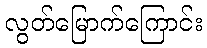
လွတ်မြောက်ကြောင်း